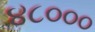
૪૮૦૦૦